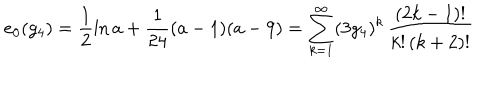
e _ { 0 } ( g _ { 4 } ) = \frac { 1 } { 2 } \ln a + \frac { 1 } { 2 4 } ( a - 1 ) ( a - 9 ) = \sum _ { k = 1 } ^ { \infty } ( 3 g _ { 4 } ) ^ { k } \, \frac { ( 2 k - 1 ) ! } { k ! \, ( k + 2 ) ! }